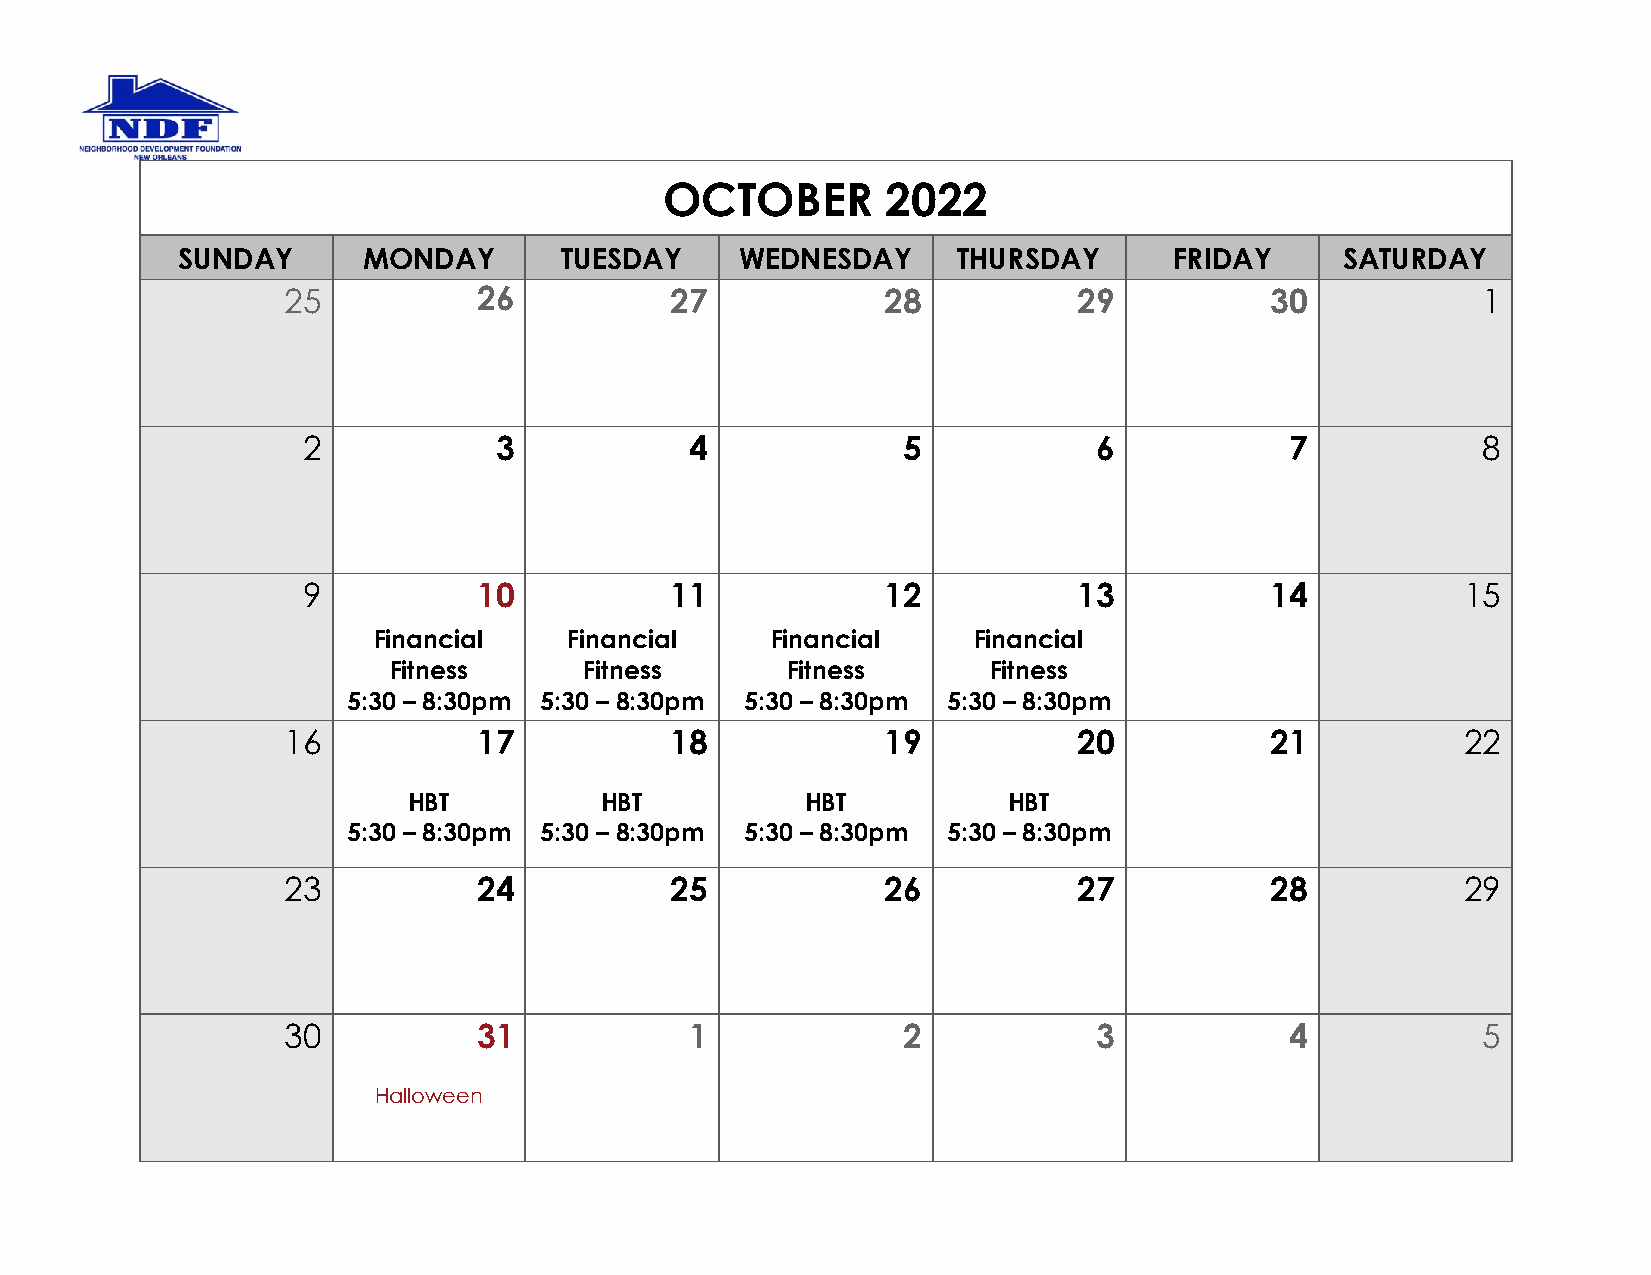
OCTOBER        2022
 SUNDAY      MONDAY       TUESDAY     WEDNESDAY     THURSDAY       FRIDAY     SATURDAY
 25           26          27             28          29           30            1
 2            3            4             5            6           7            8
 9           10          11             12          13           14           15
 Financial    Financial    Financial    Financial
 Fitness      Fitness      Fitness      Fitness
 5:30 – 8:30pm 5:30 – 8:30pm 5:30 – 8:30pm 5:30 – 8:30pm
 16           17          18             19          20           21           22
 HBT          HBT          HBT           HBT
 5:30 – 8:30pm 5:30 – 8:30pm 5:30 – 8:30pm 5:30 – 8:30pm
 23           24          25             26          27           28           29
 30           31            1             2            3           4            5
 Halloween